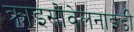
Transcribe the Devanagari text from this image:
क्राइसोवेलनाइडी